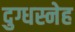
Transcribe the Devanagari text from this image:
दुग्धस्नेह